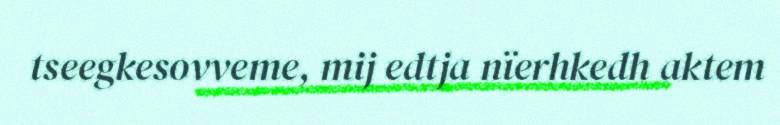
tseegkesovveme, mij edtja nïerhkedh aktem